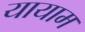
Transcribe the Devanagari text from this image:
यायाम